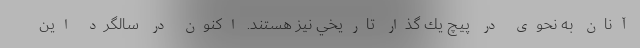
آنان به نحوي در پيچ يك گذار تاريخي نيز هستند. اكنون در سالگرد اين